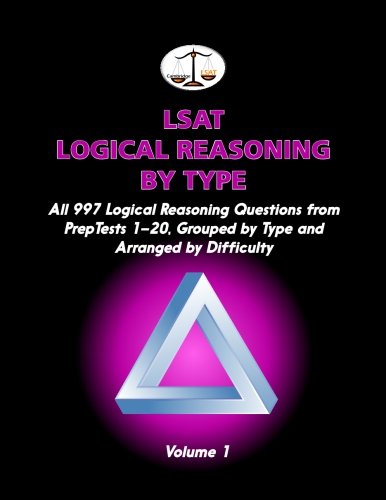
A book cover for LSAT Logical Reasoning by Type, Volume 1: All 997 Logical Reasoning Questions from PrepTests 1-20, Grouped by Type and Arranged by Difficulty (Cambridge LSAT); Morley Tatro; Test Preparation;